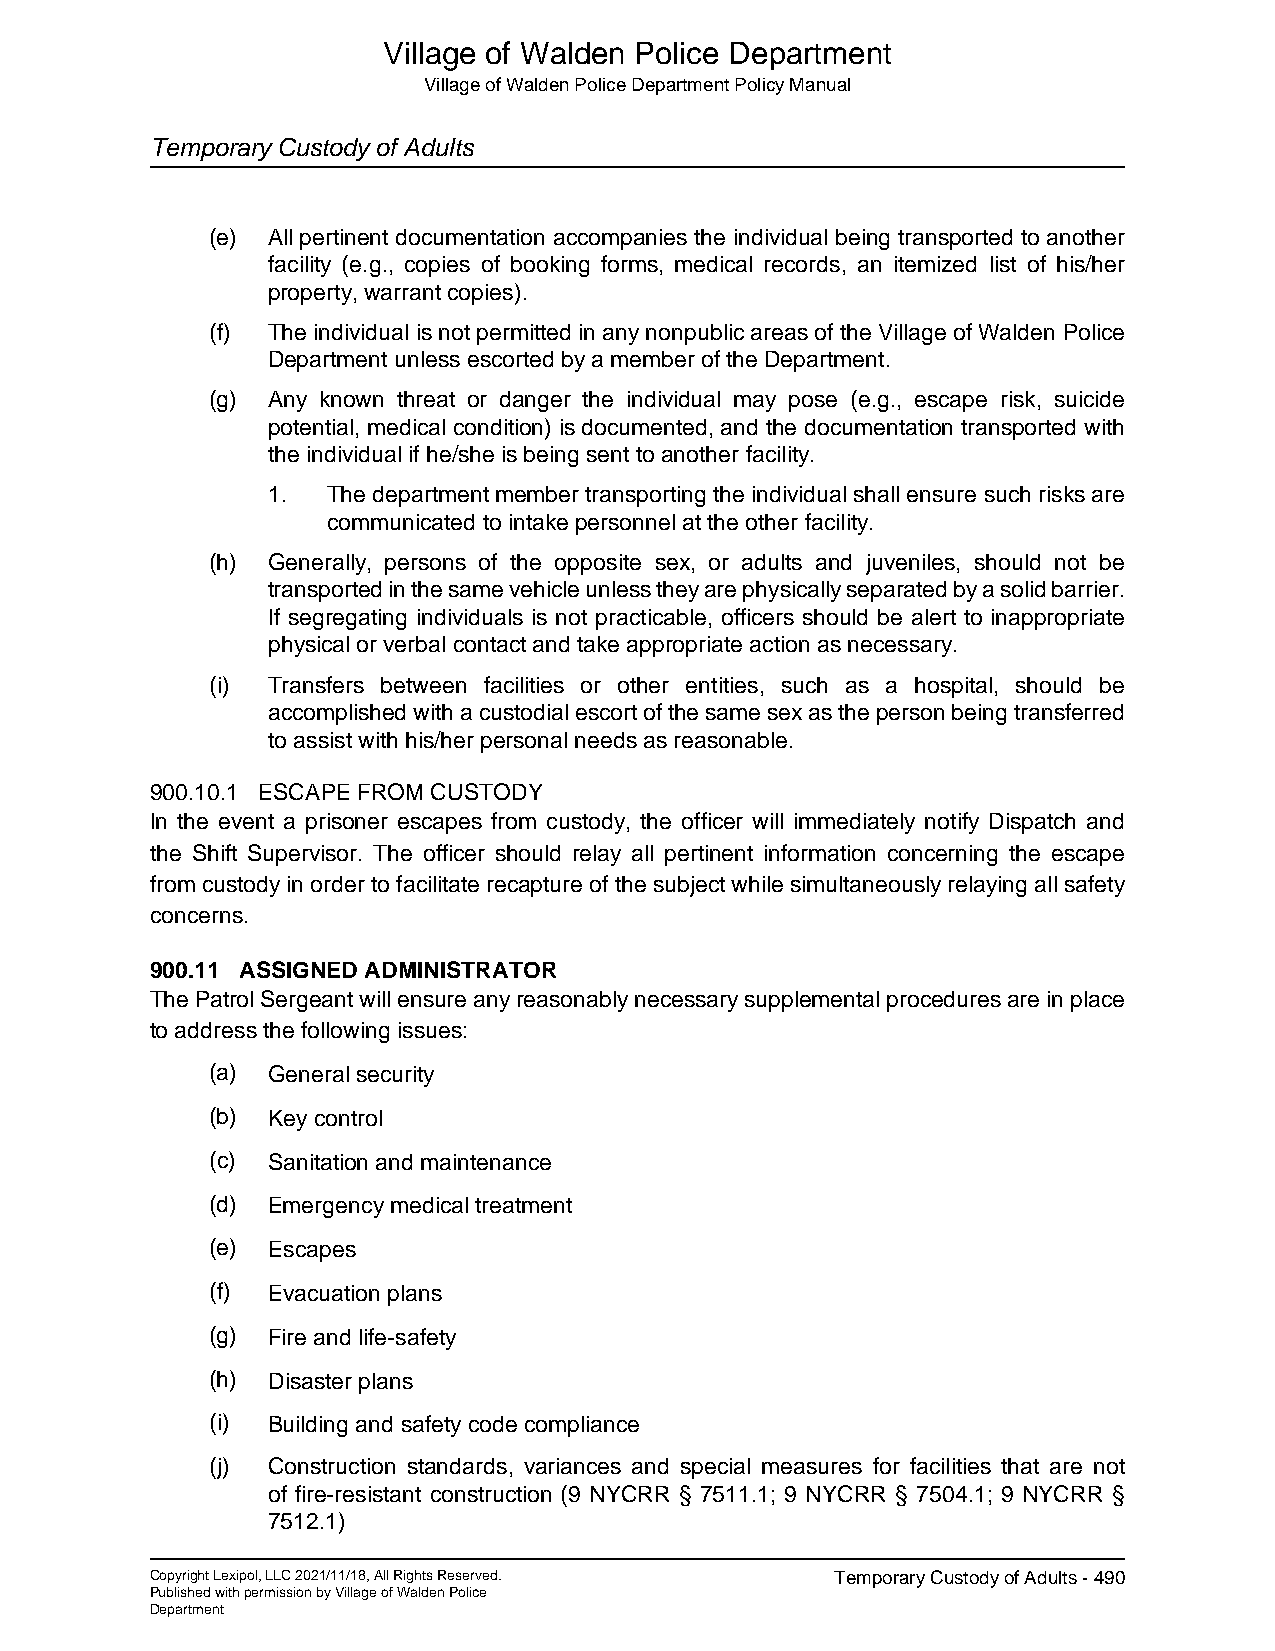
Village of Walden Police Department
 Village of Walden Police Department Policy Manual
 Temporary Custody of Adults
 (e) All pertinent documentation accompanies the individual being transported to another
 facility (e.g., copies of booking forms, medical records, an itemized list of his/her
 property, warrant copies).
 (f) The individual is not permitted in any nonpublic areas of the Village of Walden Police
 Department unless escorted by a member of the Department.
 (g) Any known threat or danger the individual may pose (e.g., escape risk, suicide
 potential, medical condition) is documented, and the documentation transported with
 the individual if he/she is being sent to another facility.
 1.  The department member transporting the individual shall ensure such risks are
 communicated to intake personnel at the other facility.
 (h) Generally, persons of the opposite sex, or adults and juveniles, should not be
 transported in the same vehicle unless they are physically separated by a solid barrier.
 If segregating individuals is not practicable, officers should be alert to inappropriate
 physical or verbal contact and take appropriate action as necessary.
 (i) Transfers between facilities or other entities, such as a hospital, should be
 accomplished with a custodial escort of the same sex as the person being transferred
 to assist with his/her personal needs as reasonable.
 900.10.1 ESCAPE FROM CUSTODY
 In the event a prisoner escapes from custody, the officer will immediately notify Dispatch and
 the Shift Supervisor. The officer should relay all pertinent information concerning the escape
 from custody in order to facilitate recapture of the subject while simultaneously relaying all safety
 concerns.
 900.11 ASSIGNED ADMINISTRATOR
 The Patrol Sergeant will ensure any reasonably necessary supplemental procedures are in place
 to address the following issues:
 (a) General security
 (b) Key control
 (c) Sanitation and maintenance
 (d) Emergency medical treatment
 (e) Escapes
 (f) Evacuation plans
 (g) Fire and life-safety
 (h) Disaster plans
 (i) Building and safety code compliance
 (j) Construction standards, variances and special measures for facilities that are not
 of fire-resistant construction (9 NYCRR § 7511.1; 9 NYCRR § 7504.1; 9 NYCRR §
 7512.1)
 Copyright Lexipol, LLC 2021/11/18, All Rights Reserved. Temporary Custody of Adults - 490
 Published with permission by Village of Walden Police
 Department